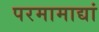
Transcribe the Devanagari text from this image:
परमामाद्यां